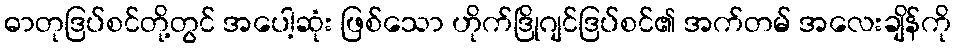
ဓာတုဒြပ်စင်တို့တွင် အပေါ့ဆုံး ဖြစ်သော ဟိုက်ဒြိုဂျင်ဒြပ်စင်၏ အက်တမ် အလေးချိန်ကို